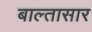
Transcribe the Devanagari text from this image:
बाल्तासार